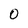
Character: 0